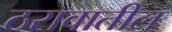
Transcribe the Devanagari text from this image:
ठरावातील